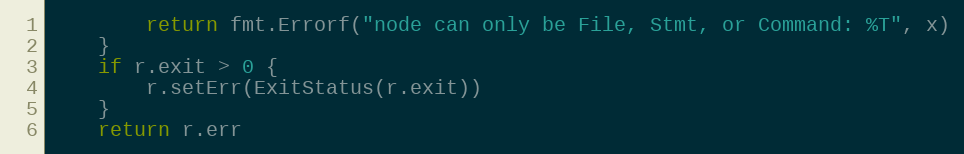
Language: Go
		return fmt.Errorf("node can only be File, Stmt, or Command: %T", x)
	}
	if r.exit > 0 {
		r.setErr(ExitStatus(r.exit))
	}
	return r.err